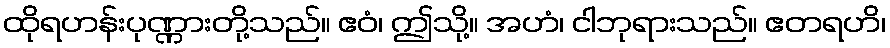
ထိုရဟန်းပုဏ္ဏားတို့သည်။ ဧဝံ၊ ဤသို့။ အဟံ၊ ငါဘုရားသည်။ ဧတရဟိ၊